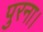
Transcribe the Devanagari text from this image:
पुरना।